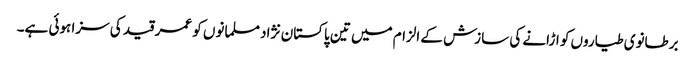
برطانوی طیاروں کو اڑانے کی سازش کے الزام میں تین پاکستان نژاد مسلمانوں کو عمر قید کی سزا ہوئی ہے۔